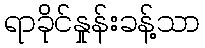
ရာခိုင်နှုန်းခန့်သာ